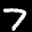
Label: 7